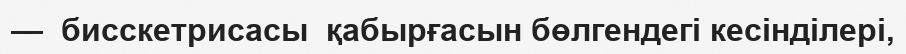
—  бисскетрисасы  қабырғасын бөлгендегі кесінділері,